Civil Veterinary Dept. Bombay admin report 1900-1906 - 1900-1906
Year: 1900
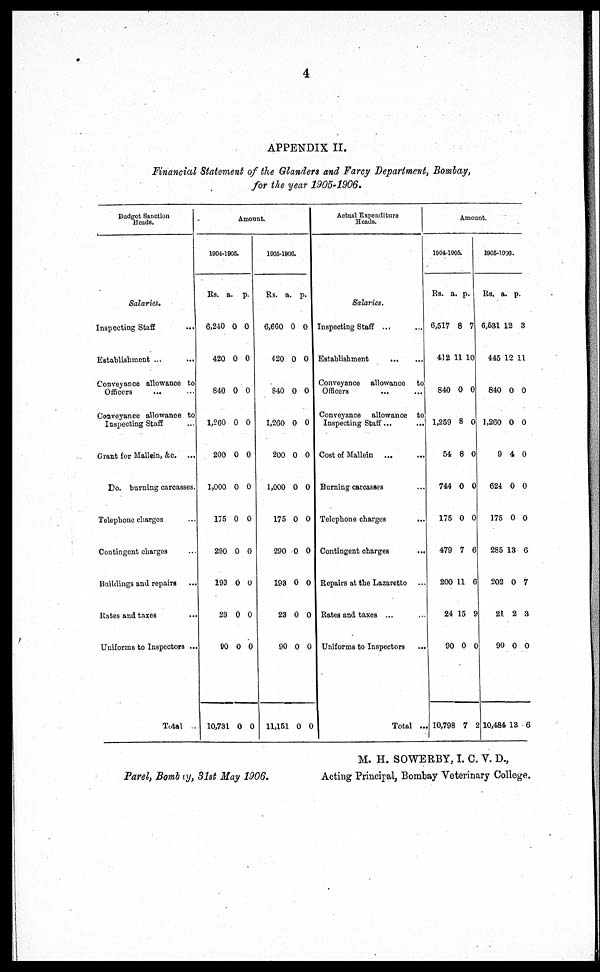
4
APPENDIX II.
Financial Statement of the Glanders and Farcy Department, Bombay,
for the year 1905-1906.
Budget Sanction
Heads.
Salaries.
Inspecting Staff ...
Establishment ... ...
Conveyance allowance to
Officers ... ...
Conveyance allowance to
Inspecting Staff ...
Grant for Mallein, &c. ...
Do. burning carcasses.
Telephone charges ...
Contingent charges ...
Buildings and repairs ...
Kates and taxes ...
Uniforms to Inspectors ...
Total
Amount.
1904-1905.
Rs.
6,240
420
840
1,260
200
1,000
175
290
193
23
90
10,731
a.
0
0
0
0
0
0
0
0
0
0
0
0
p.
0
0
0
0
0
0
0
0
0
0
0
0
1905-1906.
Rs.
6,660
420
840
1,260
200
1,000
175
290
193
23
90
11,151
a.
0
0
0
0
0
0
0
0
0
0
0
0
p.
0
0
0
0
0
0
0
0
0
0
0
0
Actual Expenditure
Heads.
Salaries.
Inspecting Staff ... ...
Establishment ... ...
Conveyance allowance to
Officers
Conveyance allowance to
Inspecting Staff ... ...
Cost of Mallein ... ...
Burning carcasses ... ...
Telephone charges ... ...
Contingent charges
...
Repairs at the Lazaretto ...
Rates and taxes ... ...
Uniforms to Inspectors
...
Total ...
Amount.
1904-1905.
Rs.
6,517
412 1
840
1,259
54
744
175
479
200
24
90
10,798
a.
8
1 1
0
8
8
0
0
7
11
15
0
7
p.
7
0
0
0
0
0
0
6
6
9
0
2
1905-1906.
Rs.
6,531 12
445 1
840
1,260
9
624
175
285
202
21
90
10,484
a.
2 1
0
0
4
0
0
13
0
2
0
13
p.
3
1
0
0
0
0
0
6
7
3
0
6
Parel, Bombay, 31st May 1906.
M. H. SOWERBY, I. C. V. D.,
Acting Principal, Bombay Veterinary College.